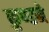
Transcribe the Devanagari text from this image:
कुण्डमे